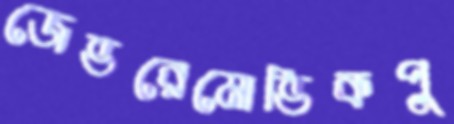
জেভরেমোভিকপু